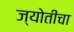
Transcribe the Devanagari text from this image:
ज्योतीचा